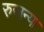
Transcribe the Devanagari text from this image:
रुजन्या